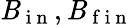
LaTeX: \mathit{B}_{\mathrm{{~i~n~}}},\mathit{B}_{\mathrm{{~f~i~n~}}}